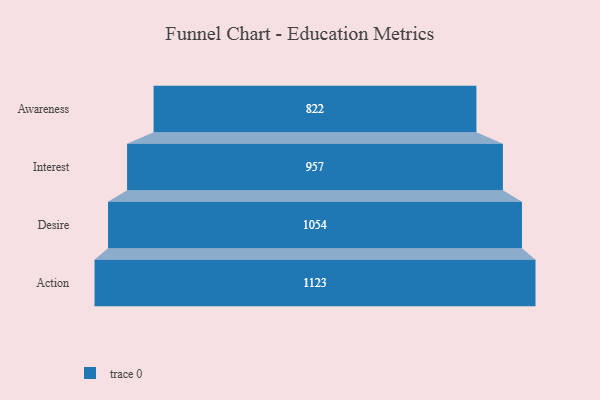
{"axis": {"x": "Stage", "y": "Value"}, "legend": [""], "data": [{"x": "Awareness", "y": 822.0, "type": ""}, {"x": "Interest", "y": 957.0, "type": ""}, {"x": "Desire", "y": 1054.0, "type": ""}, {"x": "Action", "y": 1123.0, "type": ""}]}